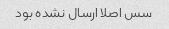
سس اصلا ارسال نشده بود